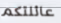
عائلتكم